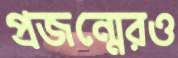
প্রজন্মেরও